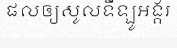
ផលឲ្យសូលទីឡូអង្គរ